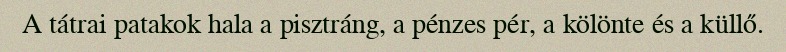
A tátrai patakok hala a pisztráng, a pénzes pér, a kölönte és a küllő.